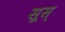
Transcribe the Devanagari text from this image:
सूस्